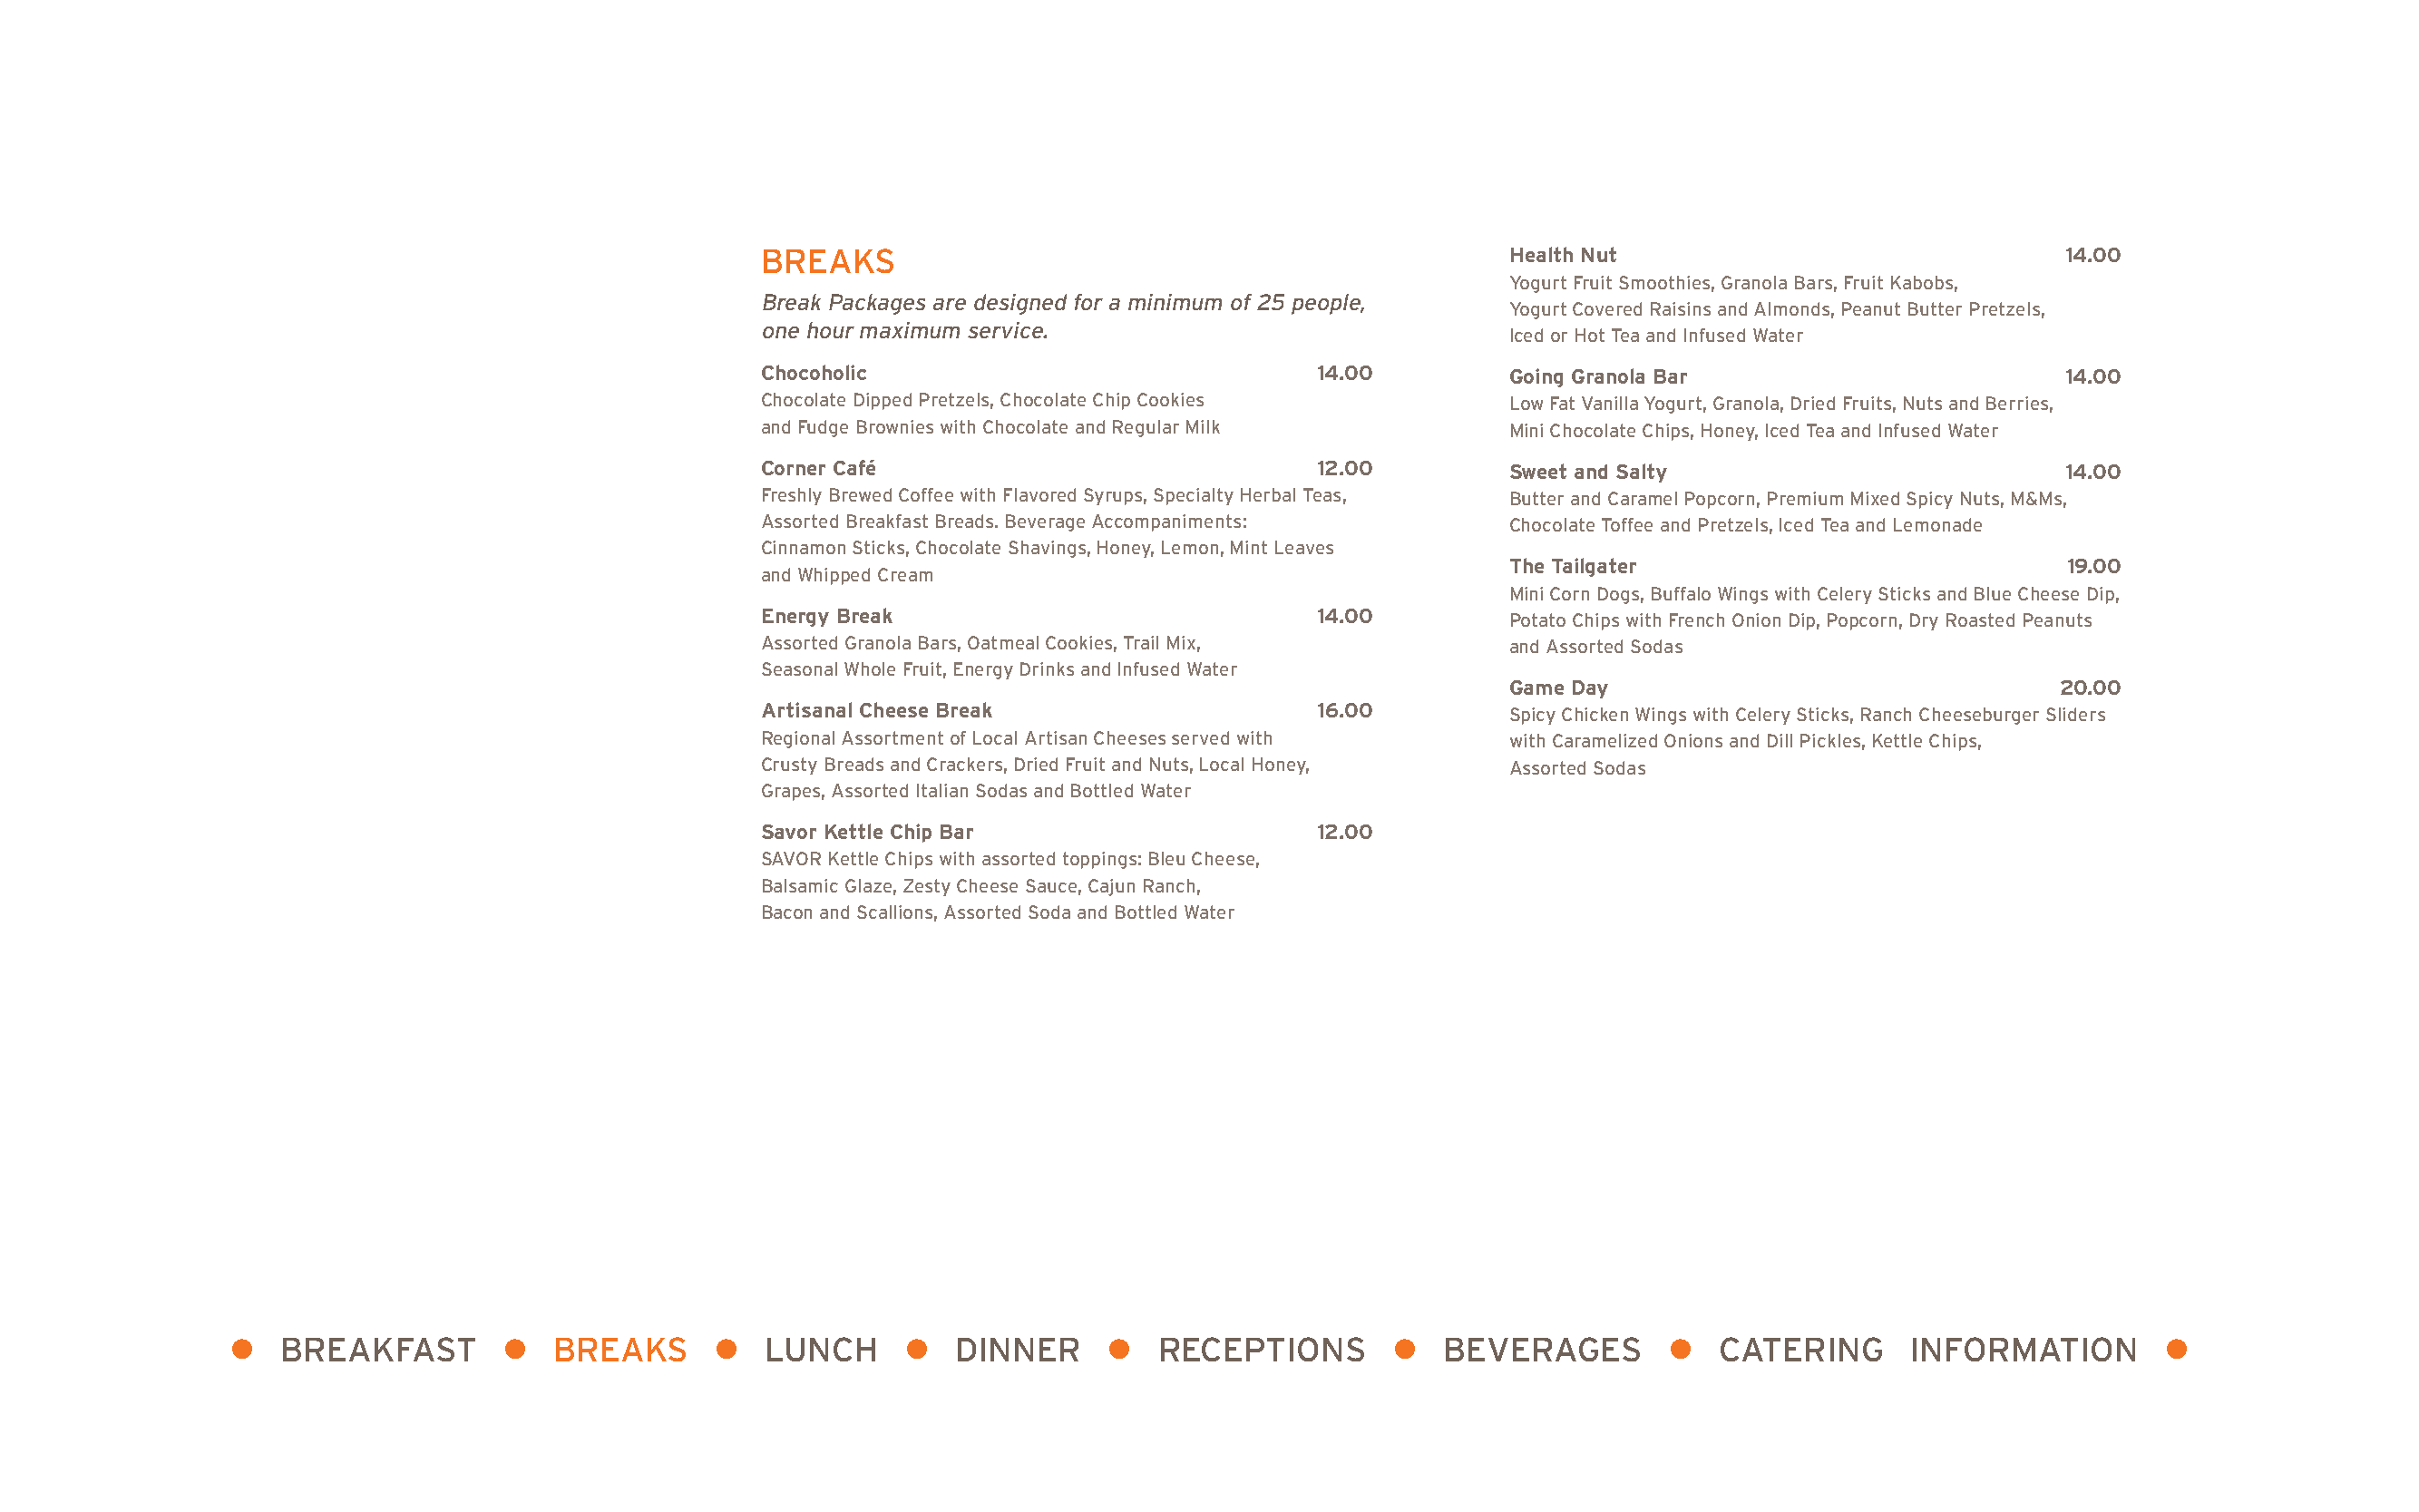
BREAKS                                                Health Nut                               14.00
 Yogurt Fruit Smoothies, Granola Bars, Fruit Kabobs,
 Break Packages are designed for a minimum of 25 people,
 Yogurt Covered Raisins and Almonds, Peanut Butter Pretzels,
 one hour maximum service.
 Iced or Hot Tea and Infused Water
 Chocoholic                              14.00         Going Granola Bar                        14.00
 Chocolate Dipped Pretzels, Chocolate Chip Cookies     Low Fat Vanilla Yogurt, Granola, Dried Fruits, Nuts and Berries,
 and Fudge Brownies with Chocolate and Regular Milk    Mini Chocolate Chips, Honey, Iced Tea and Infused Water
 Corner Café                             12.00         Sweet and Salty                          14.00
 Freshly Brewed Coffee with Flavored Syrups, Specialty Herbal Teas, Butter and Caramel Popcorn, Premium Mixed Spicy Nuts, M&Ms,
 Assorted Breakfast Breads. Beverage Accompaniments:   Chocolate Toffee and Pretzels, Iced Tea and Lemonade
 Cinnamon Sticks, Chocolate Shavings, Honey, Lemon, Mint Leaves
 The Tailgater                            19.00
 and Whipped Cream
 Mini Corn Dogs, Buffalo Wings with Celery Sticks and Blue Cheese Dip,
 Energy Break                            14.00         Potato Chips with French Onion Dip, Popcorn, Dry Roasted Peanuts
 Assorted Granola Bars, Oatmeal Cookies, Trail Mix,    and Assorted Sodas
 Seasonal Whole Fruit, Energy Drinks and Infused Water
 Game Day                                20.00
 Artisanal Cheese Break                  16.00         Spicy Chicken Wings with Celery Sticks, Ranch Cheeseburger Sliders
 Regional Assortment of Local Artisan Cheeses served with with Caramelized Onions and Dill Pickles, Kettle Chips,
 Crusty Breads and Crackers, Dried Fruit and Nuts, Local Honey, Assorted Sodas
 Grapes, Assorted Italian Sodas and Bottled Water
 Savor Kettle Chip Bar                   12.00
 SAVOR Kettle Chips with assorted toppings: Bleu Cheese,
 Balsamic Glaze, Zesty Cheese Sauce, Cajun Ranch,
 Bacon and Scallions, Assorted Soda and Bottled Water
 l  BREAKFAST        l  BREAKS      l   LUNCH     l   DINNER     l   RECEPTIONS       l  BEVERAGES        l  CATERING      INFORMATION        l